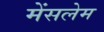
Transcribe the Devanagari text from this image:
मेंसलेम